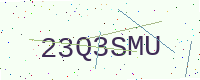
Text: 23Q3SMU